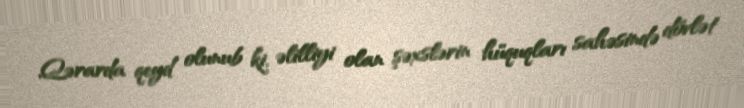
Qərarda qeyd olunub ki, əlilliyi olan şəxslərin hüquqları sahəsində dövlət